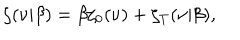
LaTeX: \zeta ( \nu | \beta ) = \beta \zeta _ { 0 } ( \nu ) + \zeta _ { T } ( \nu | \beta ) ,